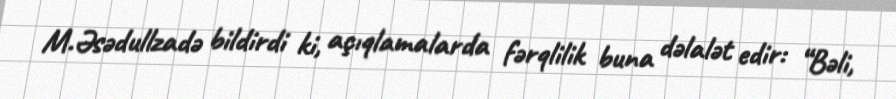
M.Əsədullzadə bildirdi ki, açıqlamalarda fərqlilik buna dəlalət edir: “Bəli,